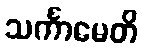
သင်္ကာမေတိ